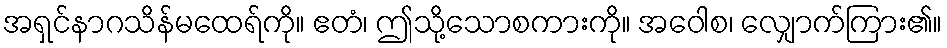
အရှင်နာဂသိန်မထေရ်ကို။ ဧတံ၊ ဤသို့သောစကားကို။ အဝေါစ၊ လျှောက်ကြား၏။